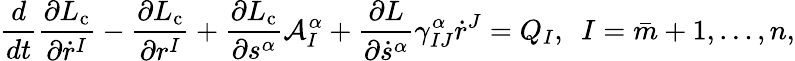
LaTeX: \frac{d}{dt}\frac{\partial L_{\mathrm{c}}}{\partial\dot{r}^{I}}-\frac{\partial L_{\mathrm{c}}}{\partial r^{I}}+\frac{\partial L_{\mathrm{c}}}{\partial s^{\alpha}}\mathcal{A}_{I}^{\alpha}+\frac{\partial L}{\partial\dot{s}^{\alpha}}\gamma_{IJ}^{\alpha}\dot{r}^{J}=Q_{I},\ \ I=\bar{m}+1,\ldots,n,